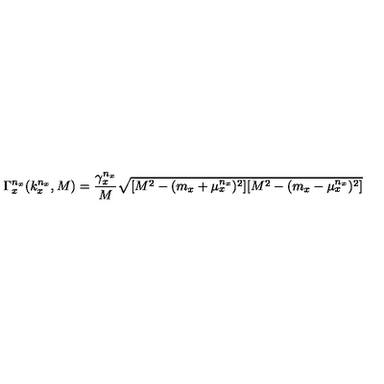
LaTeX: \Gamma _ { x } ^ { n _ { x } } ( k _ { x } ^ { n _ { x } } , M ) = { \frac { \gamma _ { x } ^ { n _ { x } } } { M } } \sqrt { [ M ^ { 2 } - ( m _ { x } + \mu _ { x } ^ { n _ { x } } ) ^ { 2 } ] [ M ^ { 2 } - ( m _ { x } - \mu _ { x } ^ { n _ { x } } ) ^ { 2 } ] }